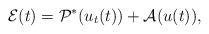
LaTeX: \begin{align*} \mathcal{E}(t) =\mathcal{P}^*(u_t(t)) + \mathcal{A}(u(t)),\end{align*}